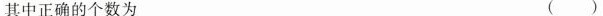
其中正确的个数为 ()